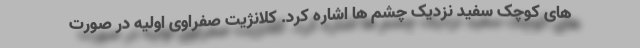
های کوچک سفید نزدیک چشم ها اشاره کرد. کلانژیت صفراوی اولیه در صورت